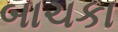
બાચકા